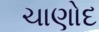
ચાણોદ